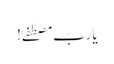
یا ربِّ مصطفَےٰ!